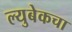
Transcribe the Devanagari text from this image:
ल्युबेकचा